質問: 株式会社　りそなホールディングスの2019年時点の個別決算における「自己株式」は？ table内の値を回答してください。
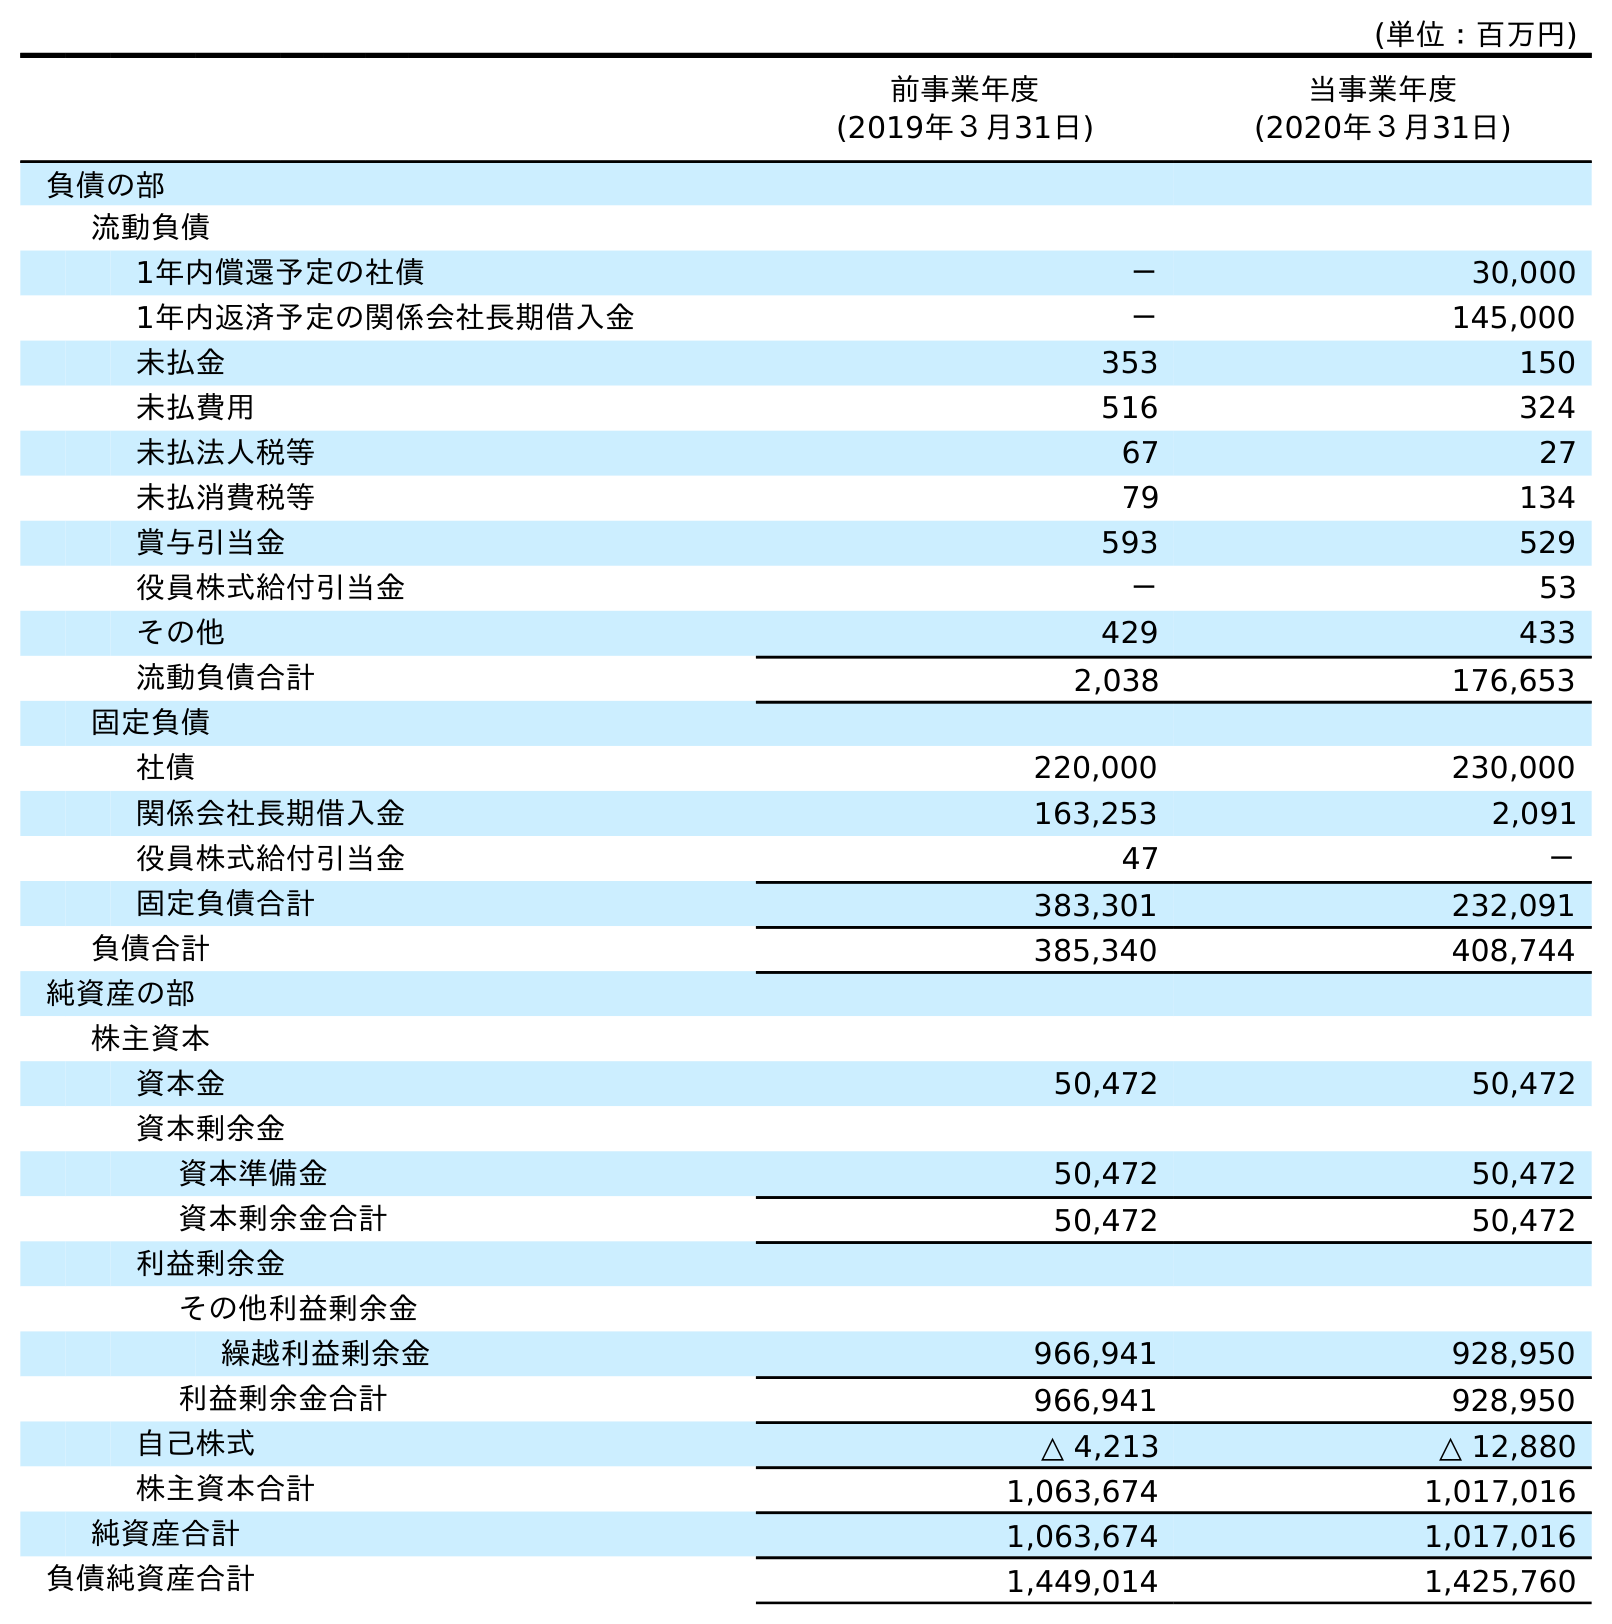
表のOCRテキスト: (単位：百万円) 前事業年度 (2019年３月31日) 当事業年度 (2020年３月31日) 負債の部 流動負債 1年内償還予定の社債 － 30,000 1年内返済予定の関係会社長期借入金 － 145,000 未払金 353 150 未払費用 516 324 未払法人税等 67 27 未払消費税等 79 134 賞与引当金 593 529 役員株式給付引当金 － 53 その他 429 433 流動負債合計 2,038 176,653 固定負債 社債 220,000 230,000 関係会社長期借入金 163,253 2,091 役員株式給付引当金 47 － 固定負債合計 383,301 232,091 負債合計 385,340 408,744 純資産の部 株主資本 資本金 50,472 50,472 資本剰余金 資本準備金 50,472 50,472 資本剰余金合計 50,472 50,472 利益剰余金 その他利益剰余金 繰越利益剰余金 966,941 928,950 利益剰余金合計 966,941 928,950 自己株式 △ 4,213 △ 12,880 株主資本合計 1,063,674 1,017,016 純資産合計 1,063,674 1,017,016 負債純資産合計 1,449,014 1,425,760
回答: △4,213